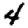
Digit: 4